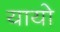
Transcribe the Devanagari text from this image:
यायो